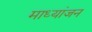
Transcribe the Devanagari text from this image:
माध्यांजन